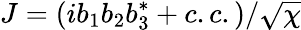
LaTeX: J=(ib_{1}b_{2}b_{3}^{*}+c.c.)/\sqrt{\chi}